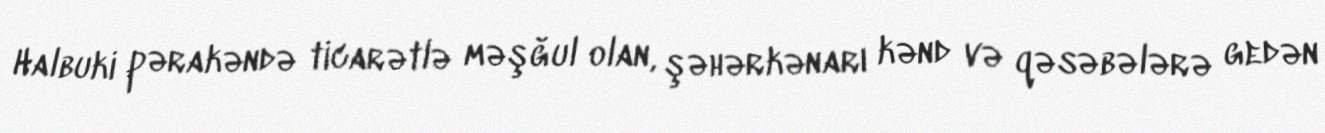
Halbuki pərakəndə ticarətlə məşğul olan, şəhərkənarı kənd və qəsəbələrə gedən